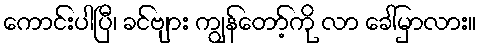
ကောင်းပါပြီ၊ ခင်ဗျား ကျွန်တော့်ကို လာ ခေါ်မှာလား။